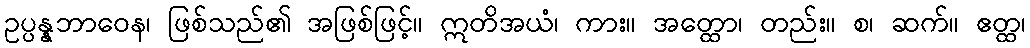
ဥပ္ပန္နဘာဝေန၊ ဖြစ်သည်၏ အဖြစ်ဖြင့်။ ဣတိအယံ၊ ကား။ အတ္ထော၊ တည်း။ စ၊ ဆက်။ ဧတ္ထ၊